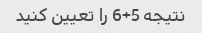
نتیجه 5+6 را تعیین کنید